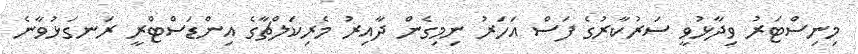
މިނިސްޓަރު ވިދާޅުވީ ސަރުކާރުގެ ފަސް އަހަރު ނިމިގެން ދާއިރު މެރިކަލްޗާގެ އިންޑަސްޓްރީ ރަނގަޅުވާނެ